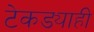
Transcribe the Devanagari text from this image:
टेकड्याही